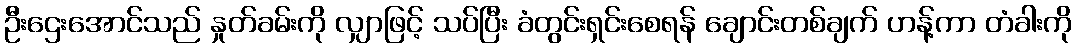
ဦးဌေးအောင်သည် နှုတ်ခမ်းကို လျှာဖြင့် သပ်ပြီး ခံတွင်းရှင်းစေရန် ချောင်းတစ်ချက် ဟန့်ကာ တံခါးကို